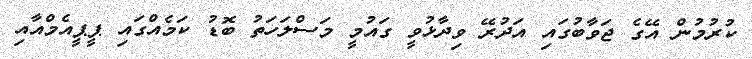
ކުރުމުން އޭގެ ޖަވާބުގައި އަދުރޭ ވިދާޅުވީ ގައުމީ މަސްލަހަތު ބޮޑު ކަމެއްގައި ޕީޕީއެމްއާއި